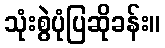
သုံးစွဲပုံပြဆိုခန်း။